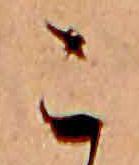
こ